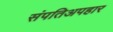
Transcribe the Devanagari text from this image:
संपतिअपहार